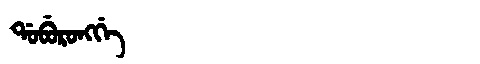
Manchu: ᡩᠣᠪᡠᡵᠣᠩᡤᡝ
Romanization: DOBURONGGE